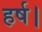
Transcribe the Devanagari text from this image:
हर्ष।